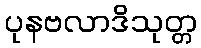
ပုနဗလာဒိသုတ္တ